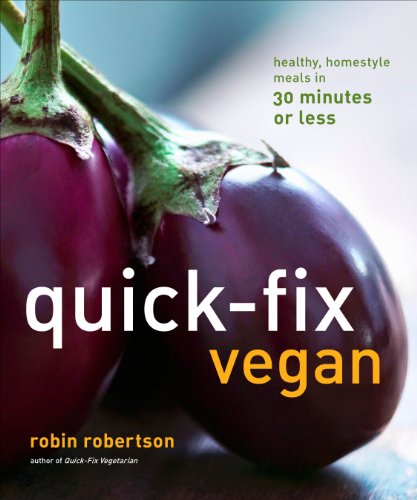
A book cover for Quick-Fix Vegan: Healthy, Homestyle Meals in 30 Minutes or Less; Robin Robertson; Cookbooks, Food & Wine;